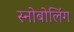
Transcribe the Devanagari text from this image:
स्नोबोलिंग